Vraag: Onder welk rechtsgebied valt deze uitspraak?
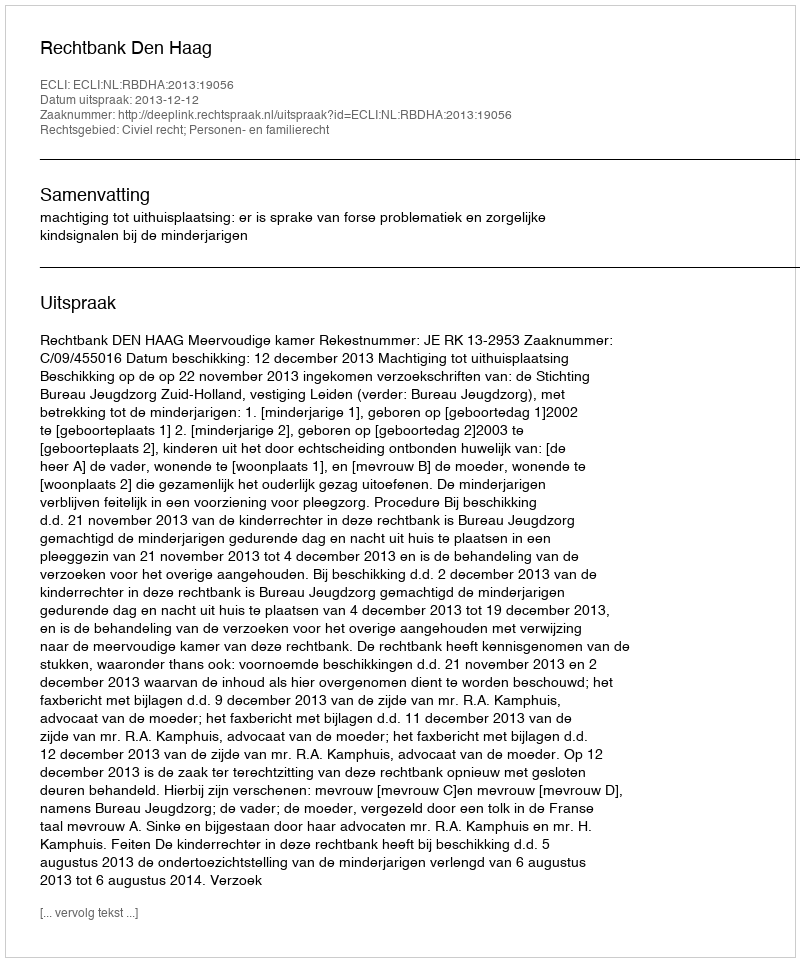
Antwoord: Civiel recht; Personen- en familierecht